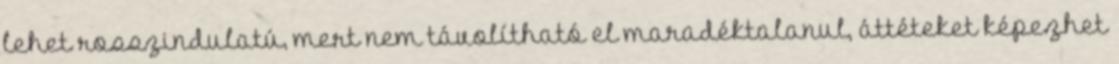
lehet rosszindulatú, mert nem távolítható el maradéktalanul, áttéteket képezhet